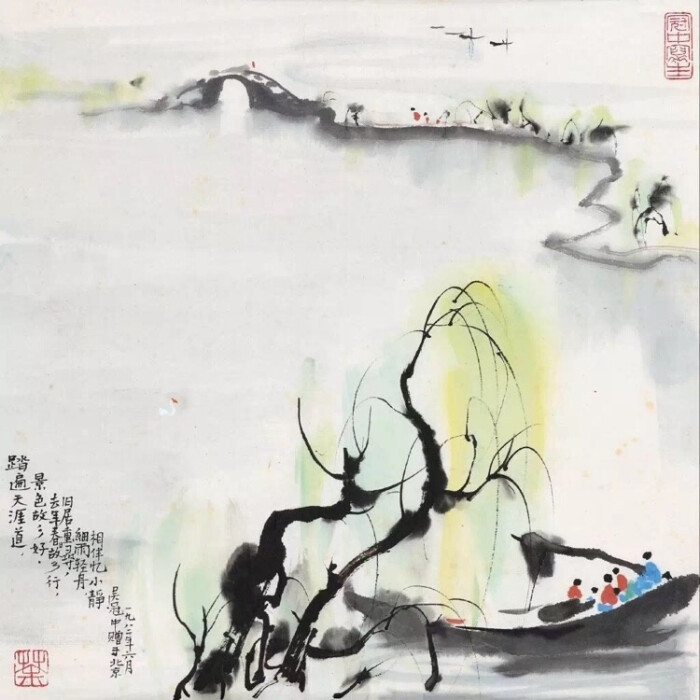
问君何事轻离别，一年能几团圞月。